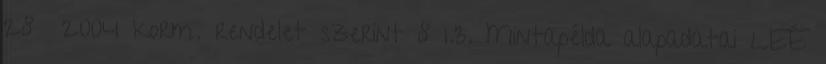
28 2004 korm. rendelet szerint 8 1.3. Mintapélda alapadatai LEÉ